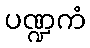
ပဏ္ဍကံ